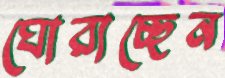
ঘোরাচ্ছেন